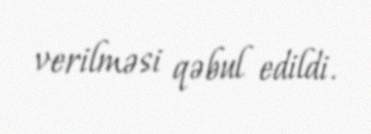
verilməsi qəbul edildi.